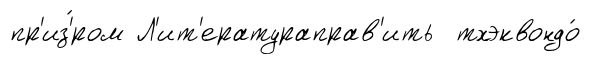
пр'из'́ром Л'ит'ератураправ'ить тхэквондо́